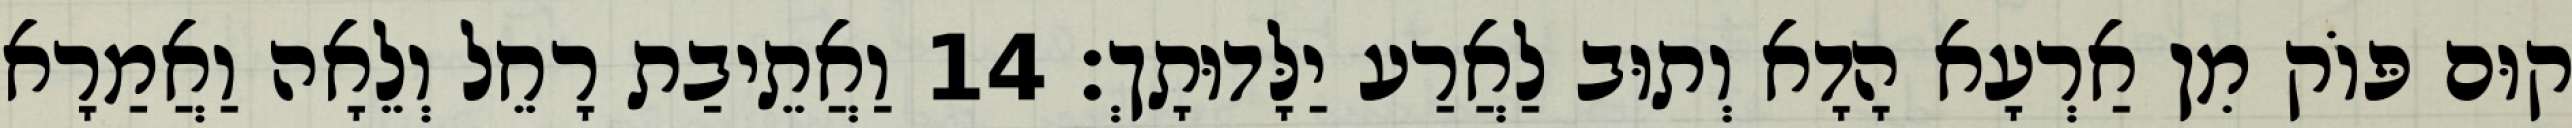
קוּם פּוֹק מִן אַרְעָא הָדָא וְתוּב לַאֲרַע יַלָּדוּתָךְ׃ 14 וַאֲתֵיבַת רָחֵל וְלֵאָה וַאֲמַרָא